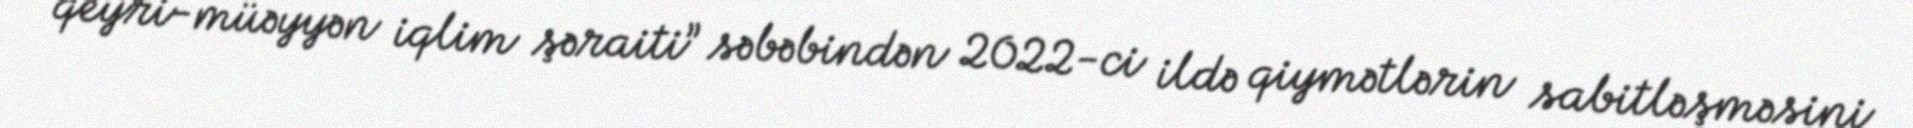
qeyri-müəyyən iqlim şəraiti” səbəbindən 2022-ci ildə qiymətlərin sabitləşməsini